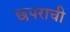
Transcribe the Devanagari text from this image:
छपराची